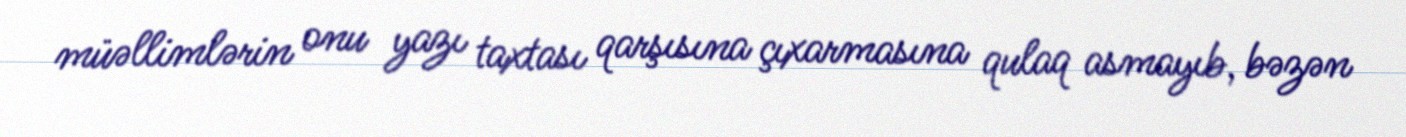
müəllimlərin onu yazı taxtası qarşısına çıxarmasına qulaq asmayıb, bəzən